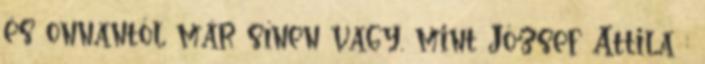
és onnantól már sínen vagy, mint József Attila :